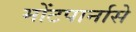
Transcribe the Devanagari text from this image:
मोंटपार्नासे